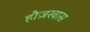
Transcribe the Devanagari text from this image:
हौज़खास